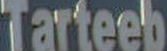
Tarteeb